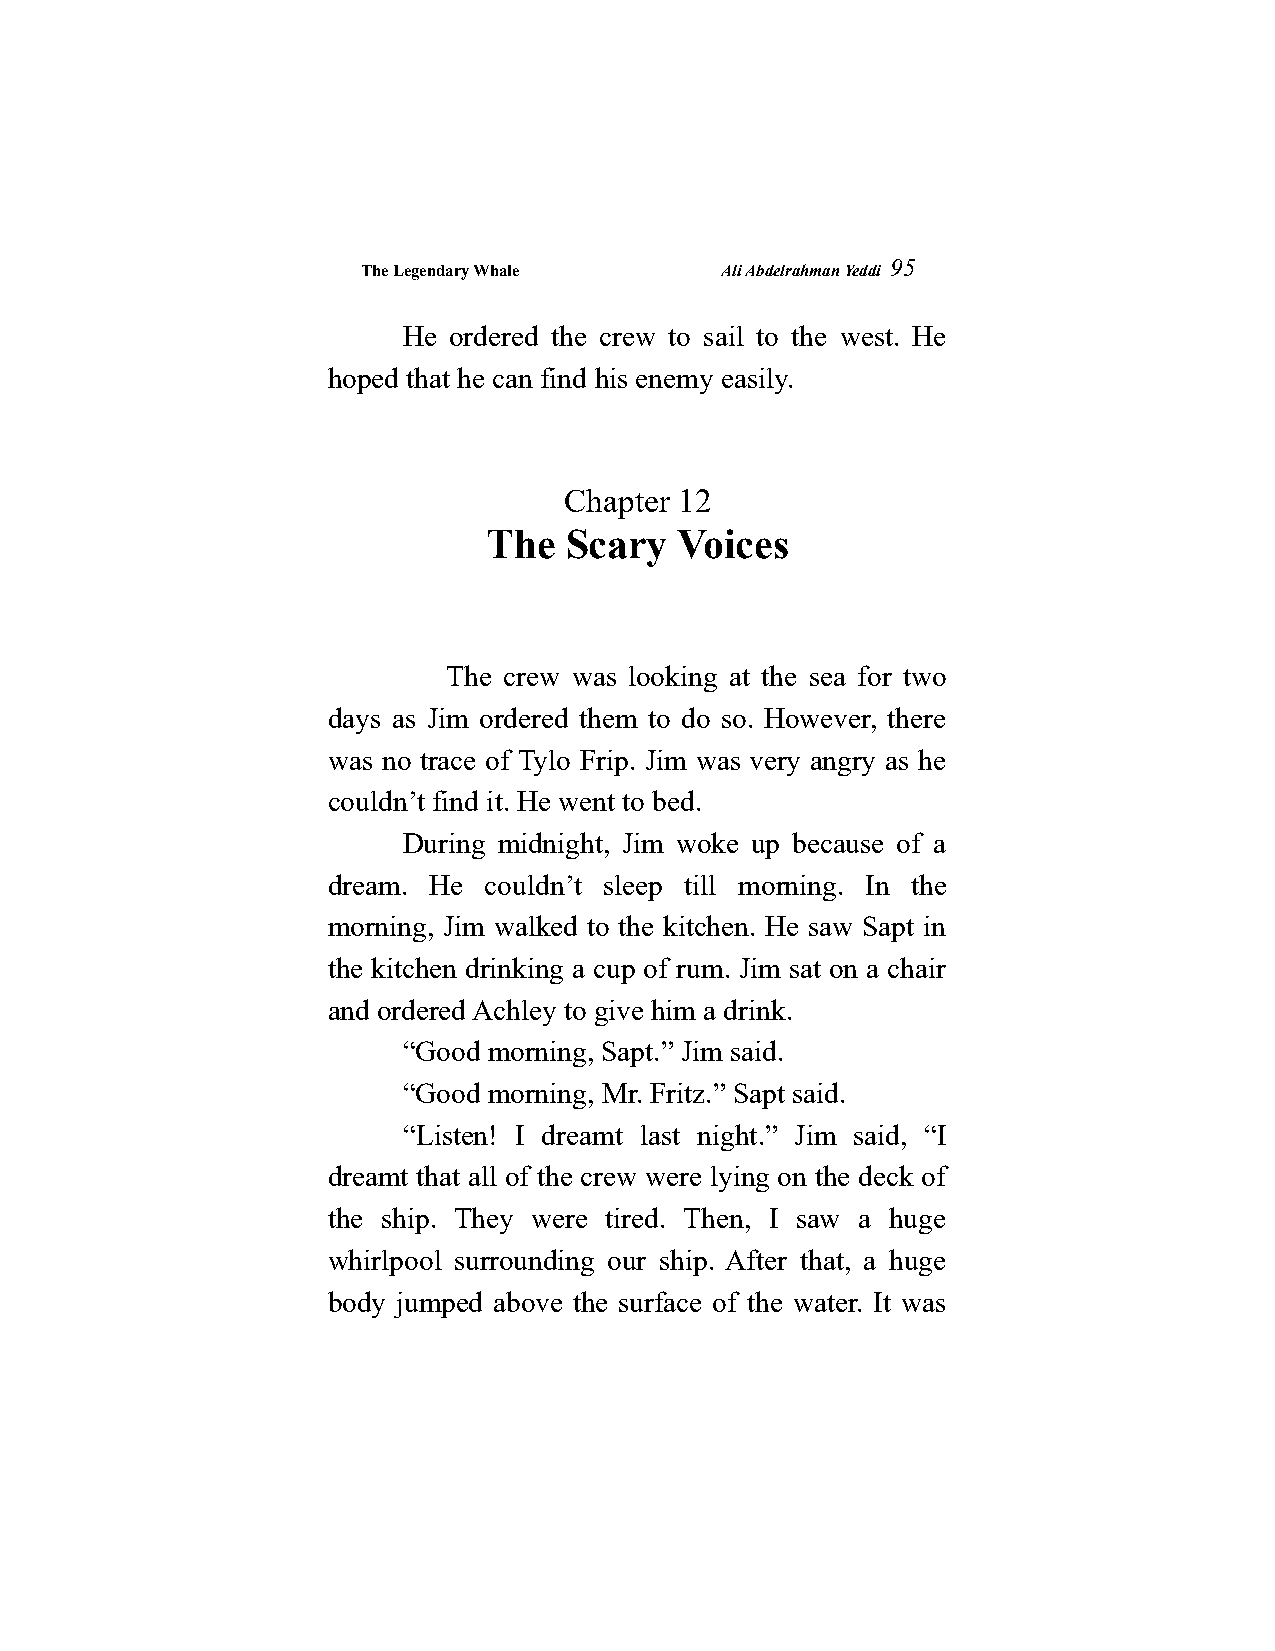
The Legendary Whale     Ali Abdelrahman Yeddi
 95
 He ordered the crew to sail to the west. He
 hoped that he can find his enemy easily.
 Chapter 12
 The  Scary   Voices
 The crew was looking at the sea for two
 days as Jim ordered them to do so. However, there
 was no trace of Tylo Frip. Jim was very angry as he
 couldn’t find it. He went to bed.
 During midnight, Jim woke up because of a
 dream. He couldn’t sleep till morning. In the
 morning, Jim walked to the kitchen. He saw Sapt in
 the kitchen drinking a cup of rum. Jim sat on a chair
 and ordered Achley to give him a drink.
 “Good morning, Sapt.” Jim said.
 “Good morning, Mr. Fritz.” Sapt said.
 “Listen! I dreamt last night.” Jim said, “I
 dreamt that all of the crew were lying on the deck of
 the ship. They were tired. Then, I saw a huge
 whirlpool surrounding our ship. After that, a huge
 body jumped above the surface of the water. It was